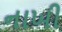
નાખી